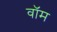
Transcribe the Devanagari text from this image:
वॉम